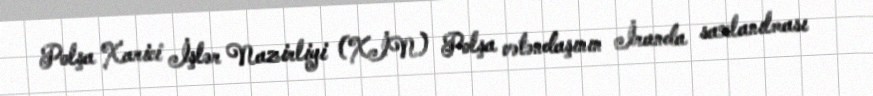
Polşa Xarici İşlər Nazirliyi (XİN) Polşa vətəndaşının İranda saxlanılması